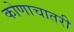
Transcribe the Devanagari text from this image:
कोणाचातरी